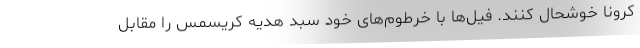
کرونا خوشحال کنند. فیل‌ها با خرطوم‌های خود سبد هدیه کریسمس را مقابل